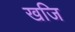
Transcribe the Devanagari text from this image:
खजि